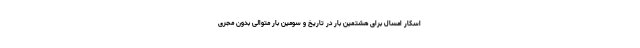
اسکار امسال برای هشتمین بار در تاریخ و سومین بار متوالی بدون مجری